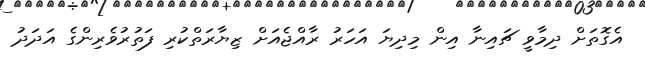
އެގޮތަށް ދިމާވީ ޗައިނާ އިން މިދިޔަ އަހަރު ރާއްޖެއަށް ޒިޔާރަތްކުރި ފަތުރުވެރިންގެ އަދަދު